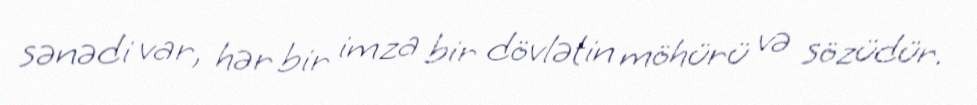
sənədi var, hər bir imza bir dövlətin möhürü və sözüdür.